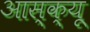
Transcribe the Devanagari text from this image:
आस्क्यू